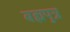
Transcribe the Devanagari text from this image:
बह्मपुत्र